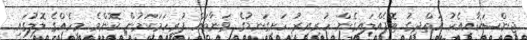
ޖިންސަކާއިއެކު އަތްދިގު ޓޮޕެއްލައިގެން ހުރިއިރު ހަށިގަނޑުގެ ވަނާތައް ފުރިހަމަކަމުން ކޮންމެ މީހެއްގެ ލޮލުގައި